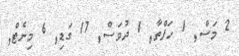
2 މަސް